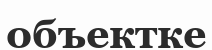
объектке